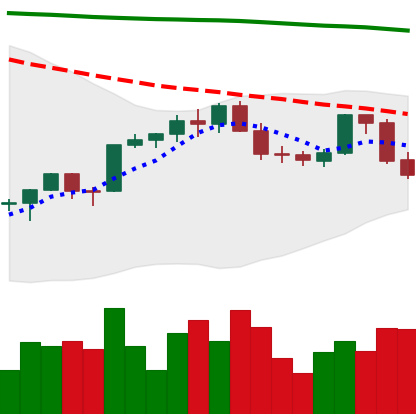
Ticker: ETH-USD
Chart end date: 2022-02-18
Forward return: -7.013%
Label: down_7plus